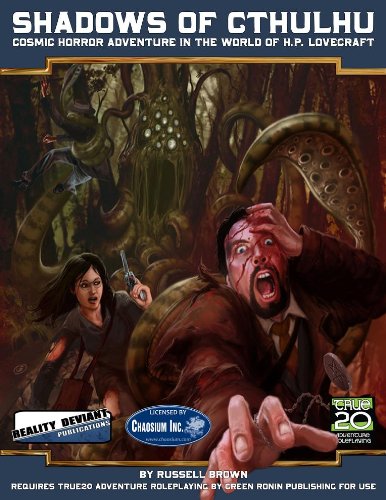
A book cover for Shadows of Cthulhu; Russell Brown; Science Fiction & Fantasy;